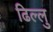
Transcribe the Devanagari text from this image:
ढिल्लु